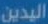
اليدين